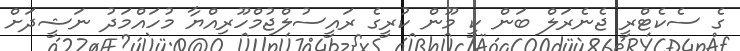
ގެ ސެކެޓްރީ ޖެނެރަލް ބަން ކީ މޫން ކުރީގެ ރައީސުލްޖުމްހޫރިއްޔާ މުހައްމަދު ނަޝީދަށް